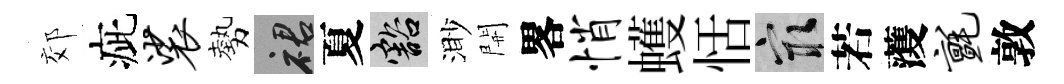
郊疵裟勢裙夏豁渺開畧悄蠖恬冣若𮑮毡敦